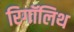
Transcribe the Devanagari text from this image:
रिगॉलिथ